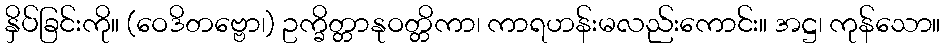
နှိပ်ခြင်းကို။ (ဝေဒိတဗ္ဗော၊) ဥက္ခိတ္တာနုဝတ္တိကာ၊ ကာရဟန်းမလည်းကောင်း။ အဋ္ဌ၊ ကုန်သော။